Calcutta medical institutions reports 1892-1900
Year: 1892
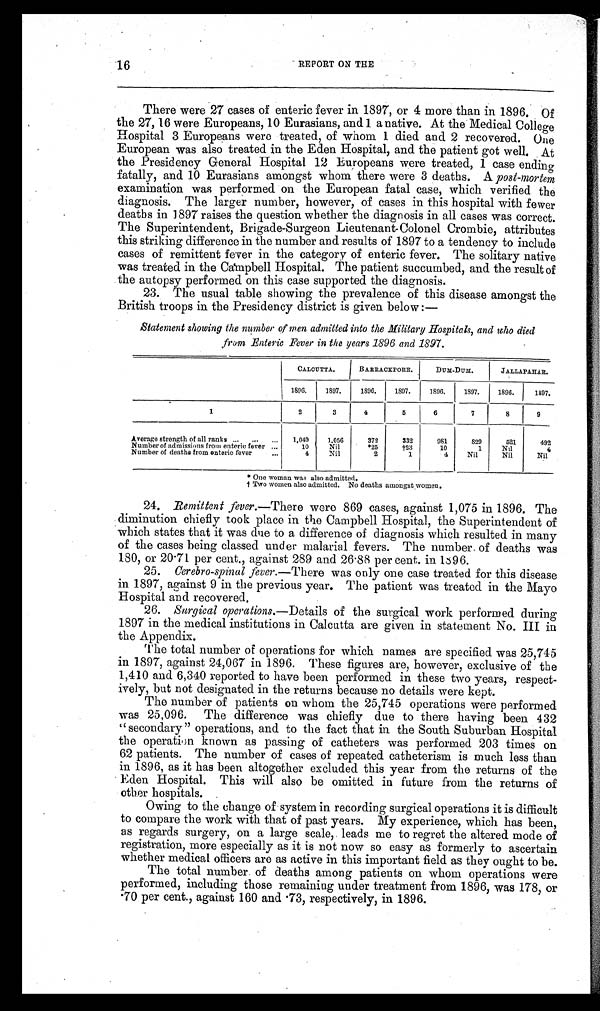
16
REPORT ON THE
There were 27 cases of enteric fever in 1897, or 4 more than in 1896. Of
the 27, 16 were Europeans, 10 Eurasians, and 1 a native. At the Medical College
Hospital 3 Europeans were treated, of whom 1 died and 2 recovered. One
European was also treated in the Eden Hospital, and the patient got well. At
the Presidency General Hospital 12 Europeans were treated, 1 case ending
fatally, and 10 Eurasians amongst whom there were 3 deaths. A post-mortem
examination was performed on the European fatal case, which verified the
diagnosis. The larger number, however, of cases in this hospital with fewer
deaths in 1897 raises the question whether the diagnosis in all cases was correct.
The Superintendent, Brigade-Surgeon Lieutenant-Colonel Crombie, attributes
this striking difference in the number and results of 1897 to a tendency to include
cases of remittent fever in the category of enteric fever. The solitary native
was treated in the Campbell Hospital. The patient succumbed, and the result of
the autopsy performed on this case supported the diagnosis.
23. The usual table showing the prevalence of this disease amongst the
British troops in the Presidency district is given below :—
Statement showing the number of men admitted into the Military Hospitals, and who died
from Enteric Fever in the years 1896 and 1897.
CALCUTTA.
BARRACKPORE.
DUM-DUM.
JALLAPAHAR.
1896. 1897.
1896.
1897.
1896.
1897.
1896.
1897.
1
2
3
4
5
6
7
8
9
Average strength of all ranks . . .
...
...
1,049
1,056
372
332
981
829
521
492
Number of admissions from enteric fever ...
10
Nil
*25
†23
10
1
Nil
4
Number of deaths from enteric fever
...
4
Nil
2
1
4
Nil
Nil
Nil
* One woman was also admitted.
† Two women also admitted. No deaths amongst women.
24. Remittent fever. —There were 869 cases, against 1,075 in 1896. The
diminution chiefly took place in the Campbell Hospital, the Superintendent of
which states that it was due to a difference of diagnosis which resulted in many
of the cases being classed under malarial fevers. The number of deaths was
180, or 20.71 per cent., against 289 and 26.88 per cent. in 1896.
25.
Cerebro-spinal fever. —There was only one case treated for this disease
in 1897, against 9 in the previous year. The patient was treated in the Mayo
Hospital and recovered.
26. Surgical operations. —Details of the surgical work performed during
1897 in the medical institutions in Calcutta are given in statement No. III in
the Appendix.
The total number of operations for which names are specified was 25,745
in 1897, against 24,067 in 1896. These figures are, however, exclusive of the
1,410 and 6,340 reported to have been performed in these two years, respect-
ively, but not designated in the returns because no details were kept.
The number of patients on whom the 25,745 operations were performed
was 25,096. The difference was chiefly due to there having been 432
"secondary" operations, and to the fact that in the South Suburban Hospital
the operation known as passing of catheters was performed 203 times on
62 patients. The number of cases of repeated catheterism is much less than
in 1896, as it has been altogether excluded this year from the returns of the
Eden Hospital. This will also be omitted in future from the returns of
other hospitals.
Owing to the change of system in recording surgical operations it is difficult
to compare the work with that of past years. My experience, which has been,
as regards surgery, on a large scale, leads me to regret the altered mode of
registration, more especially as it is not now so easy as formerly to ascertain
whether medical officers are as active in this important field as they ought to be.
The total number of deaths among patients on whom operations were
performed, including those remaining under treatment from 1896, was 178, or
.70 per cent., against 160 and .73, respectively, in 1896.